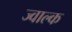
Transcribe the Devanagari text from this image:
ज्वाल्क